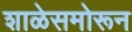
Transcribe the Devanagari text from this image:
शाळेसमोरून